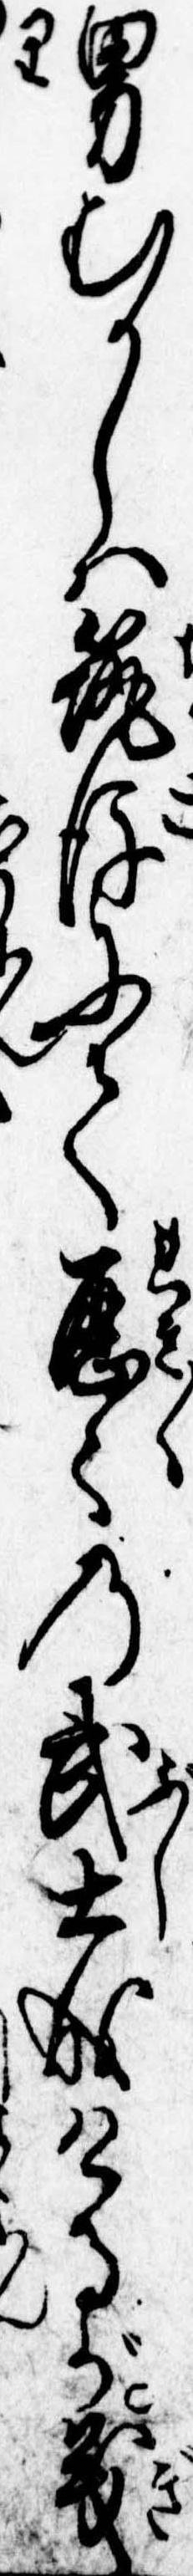
男むかしは筑後にて歴々の武士成けるが義